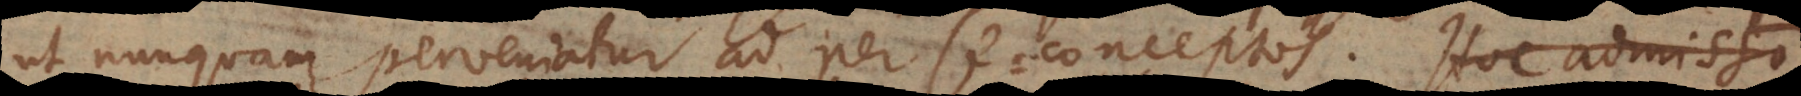
ut nunquam perveniatur ad per se conceptos. Hoc admisso